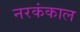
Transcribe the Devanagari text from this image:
नरकंकाल